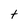
Character: t